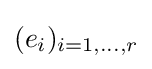
(e_{i})_{i=1,\dots ,r}